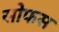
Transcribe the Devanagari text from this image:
सोफस